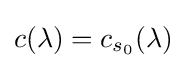
c(\lambda )=c_{s_{0}}(\lambda )